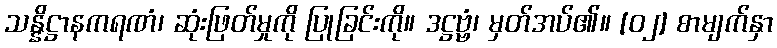
သန္နိဋ္ဌာနကရဏံ၊ ဆုံးဖြတ်မှုကို ပြုခြင်းကို။ ဒဋ္ဌဗ္ဗံ၊ မှတ်အပ်၏။ [၀၂] စာမျက်နှာ